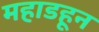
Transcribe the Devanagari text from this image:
महाडहून